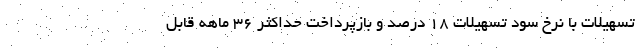
تسهیلات با نرخ سود تسهیلات 18 درصد و بازپرداخت حداکثر 36 ماهه قابل